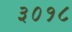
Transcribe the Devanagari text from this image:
३०१८